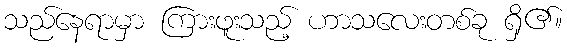
သည်နေရာမှာ ကြားဖူးသည့် ဟာသလေးတစ်ခု ရှိ၏။